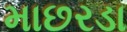
માછરડા